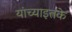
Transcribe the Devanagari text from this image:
यांच्याइतके